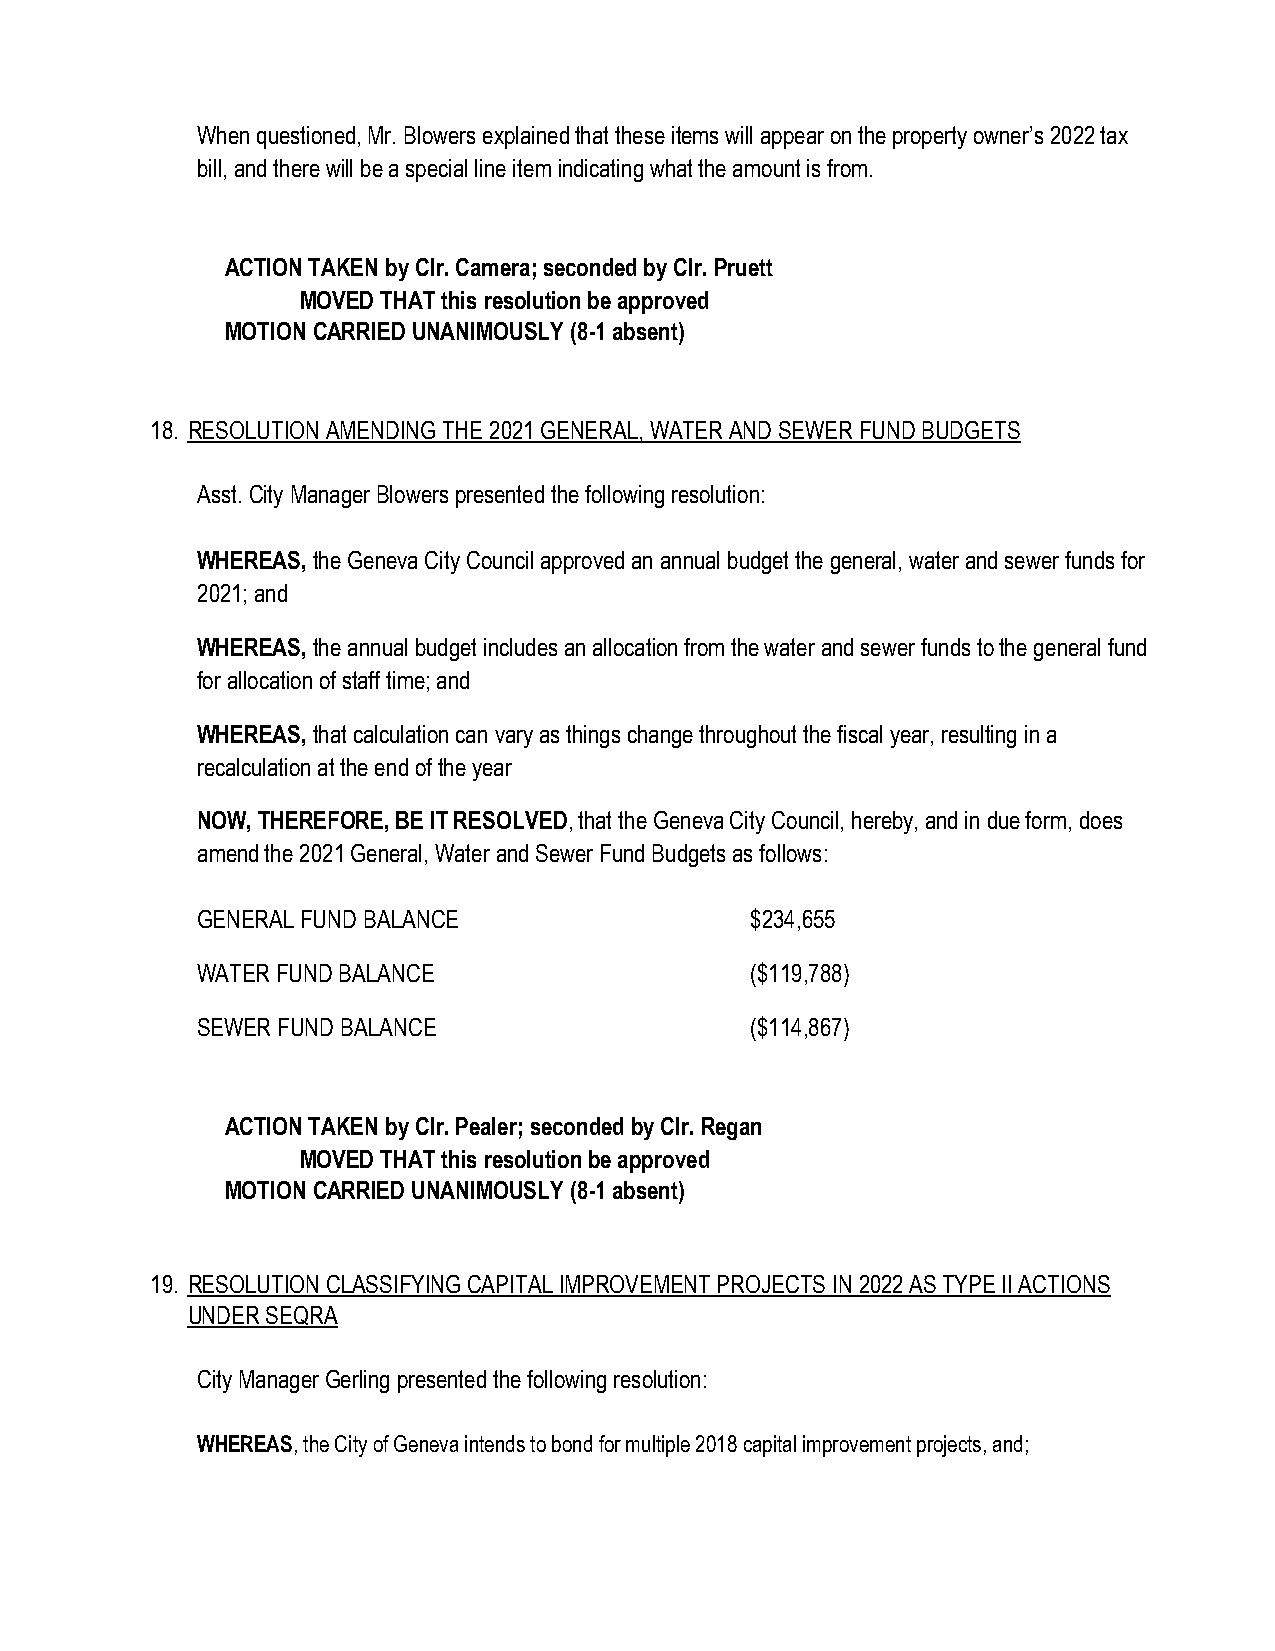
When questioned, Mr. Blowers explained that these items will appear on the property owner’s 2022 tax
 bill, and there will be a special line item indicating what the amount is from.
 ACTION TAKEN by Clr. Camera; seconded by Clr. Pruett
 MOVED THAT this resolution be approved
 MOTION CARRIED UNANIMOUSLY (8-1 absent)
 18. RESOLUTION AMENDING THE 2021 GENERAL, WATER AND SEWER FUND BUDGETS
 Asst. City Manager Blowers presented the following resolution:
 WHEREAS, the Geneva City Council approved an annual budget the general, water and sewer funds for
 2021; and
 WHEREAS, the annual budget includes an allocation from the water and sewer funds to the general fund
 for allocation of staff time; and
 WHEREAS, that calculation can vary as things change throughout the fiscal year, resulting in a
 recalculation at the end of the year
 NOW, THEREFORE, BE IT RESOLVED, that the Geneva City Council, hereby, and in due form, does
 amend the 2021 General, Water and Sewer Fund Budgets as follows:
 GENERAL FUND BALANCE                 $234,655
 WATER FUND BALANCE                   ($119,788)
 SEWER FUND BALANCE                   ($114,867)
 ACTION TAKEN by Clr. Pealer; seconded by Clr. Regan
 MOVED THAT this resolution be approved
 MOTION CARRIED UNANIMOUSLY (8-1 absent)
 19. RESOLUTION CLASSIFYING CAPITAL IMPROVEMENT PROJECTS IN 2022 AS TYPE II ACTIONS
 UNDER SEQRA
 City Manager Gerling presented the following resolution:
 WHEREAS, the City of Geneva intends to bond for multiple 2018 capital improvement projects, and;